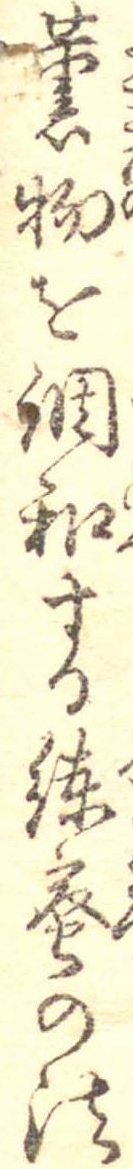
薫物を調和する練蜜の法